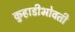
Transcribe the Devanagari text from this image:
कुर्‍हाडीभोवती